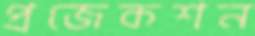
প্রজেকশন